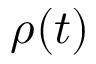
\rho ( t )